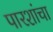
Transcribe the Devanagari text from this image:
पारशांचा